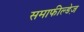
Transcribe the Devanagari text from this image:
समाफील्डेज़